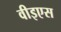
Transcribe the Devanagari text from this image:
वीइएस